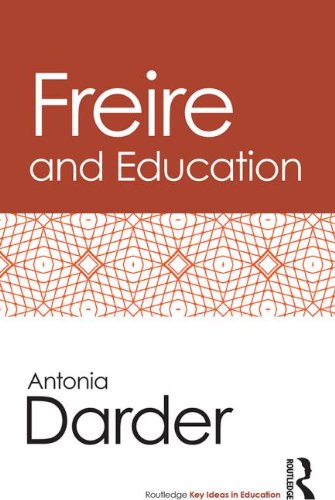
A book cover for Freire and Education (Routledge Key Ideas in Education); Antonia Darder; Education & Teaching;